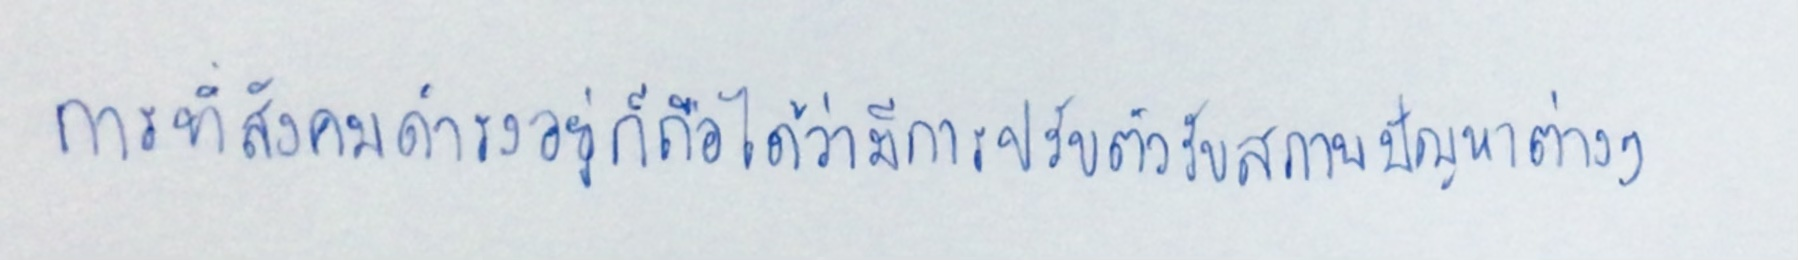
การที่สังคมดำรงอยู่ก็ถือได้ว่ามีการปรับตัวรับสภาพปัญหาต่างๆ